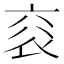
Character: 𧘳